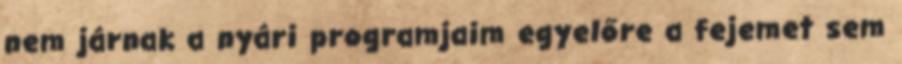
nem járnak a nyári programjaim egyelőre a fejemet sem